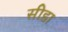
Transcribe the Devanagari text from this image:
सीडा